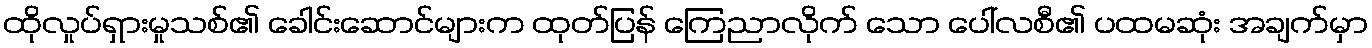
ထိုလှုပ်ရှားမှုသစ်၏ ခေါင်းဆောင်များက ထုတ်ပြန် ကြေညာလိုက် သော ပေါ်လစီ၏ ပထမဆုံး အချက်မှာ